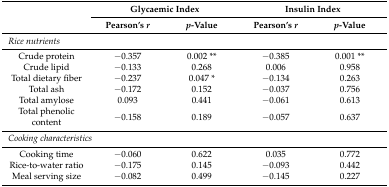
<table><thead><tr><td rowspan="2"></td><td colspan="2"><b>Glycaemic Index</b></td><td colspan="2"><b>Insulin Index</b></td></tr><tr><td><b>Pearson’s <i>r</i></b></td><td><b><i>p</i>-Value</b></td><td><b>Pearson’s <i>r</i></b></td><td><b><i>p</i>-Value</b></td></tr></thead><tbody><tr><td colspan="5"><i>Rice nutrients</i></td></tr><tr><td>Crude protein</td><td>−0.357</td><td>0.002 **</td><td>−0.385</td><td>0.001 **</td></tr><tr><td>Crude lipid</td><td>−0.133</td><td>0.268</td><td>0.006</td><td>0.958</td></tr><tr><td>Total dietary fiber</td><td>−0.237</td><td>0.047 *</td><td>−0.134</td><td>0.263</td></tr><tr><td>Total ash</td><td>−0.172</td><td>0.152</td><td>−0.037</td><td>0.756</td></tr><tr><td>Total amylose</td><td>0.093</td><td>0.441</td><td>−0.061</td><td>0.613</td></tr><tr><td>Total phenolic content</td><td>−0.158</td><td>0.189</td><td>−0.057</td><td>0.637</td></tr><tr><td colspan="5"><i>Cooking characteristics</i></td></tr><tr><td>Cooking time</td><td>−0.060</td><td>0.622</td><td>0.035</td><td>0.772</td></tr><tr><td>Rice-to-water ratio</td><td>−0.175</td><td>0.145</td><td>−0.093</td><td>0.442</td></tr><tr><td>Meal serving size</td><td>−0.082</td><td>0.499</td><td>−0.145</td><td>0.227</td></tr></tbody></table>